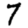
Digit: 7